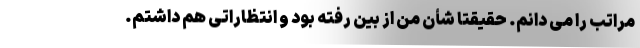
مراتب را می دانم. حقیقتا شأن من از بین رفته بود و انتظاراتی هم داشتم.